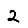
Digit: 2